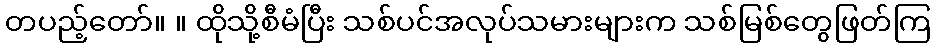
တပည့်တော်။ ။ ထိုသို့စီမံပြီး သစ်ပင်အလုပ်သမားများက သစ်မြစ်တွေဖြတ်ကြ